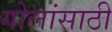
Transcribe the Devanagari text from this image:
गोलांसाठी